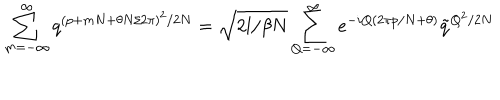
LaTeX: \sum _ { m = - \infty } ^ { \infty } q ^ { ( p + m N + \theta N / 2 \pi ) ^ { 2 } / 2 N } = \sqrt { 2 l / \beta N } \sum _ { Q = - \infty } ^ { \infty } e ^ { - i Q ( 2 \pi p / N + \theta ) } \tilde { q } ^ { Q ^ { 2 } / 2 N }